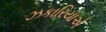
ઝકારિયાએ